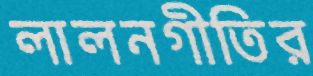
লালনগীতির